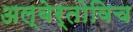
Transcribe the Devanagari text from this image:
अल्बेर्तोविच